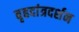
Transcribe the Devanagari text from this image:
बृहदांत्रदर्शन